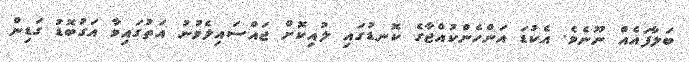
ބަލާފައެއް ނޫނެވެ. އެކުޑަ އަންހެންކުއްޖާގެ ކޮނޑުގައި ލުއިކޮށް ޖައްސައިލެވުނު އަތުގައިވާ އަގުބޮޑު ގަޑިން